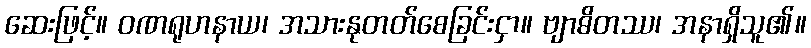
ဆေးဖြင့်။ ဝဏရုဟနာယ၊ အသားနုတတ်စေခြင်းငှာ။ ဗျာဓိတဿ၊ အနာရှိသူ၏။